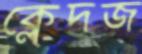
ক্লেদজ